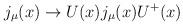
LaTeX: \begin{align*}j_\mu (x)\rightarrow U(x)j_\mu (x)U^{+}(x)\end{align*}